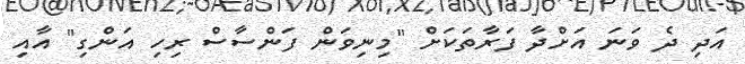
އަދި ދެ ވަނަ އަށްދާ ފަރާތަކަށް "މިނިވަން ފަންސާސް ރިހި އަންގި" އާއި